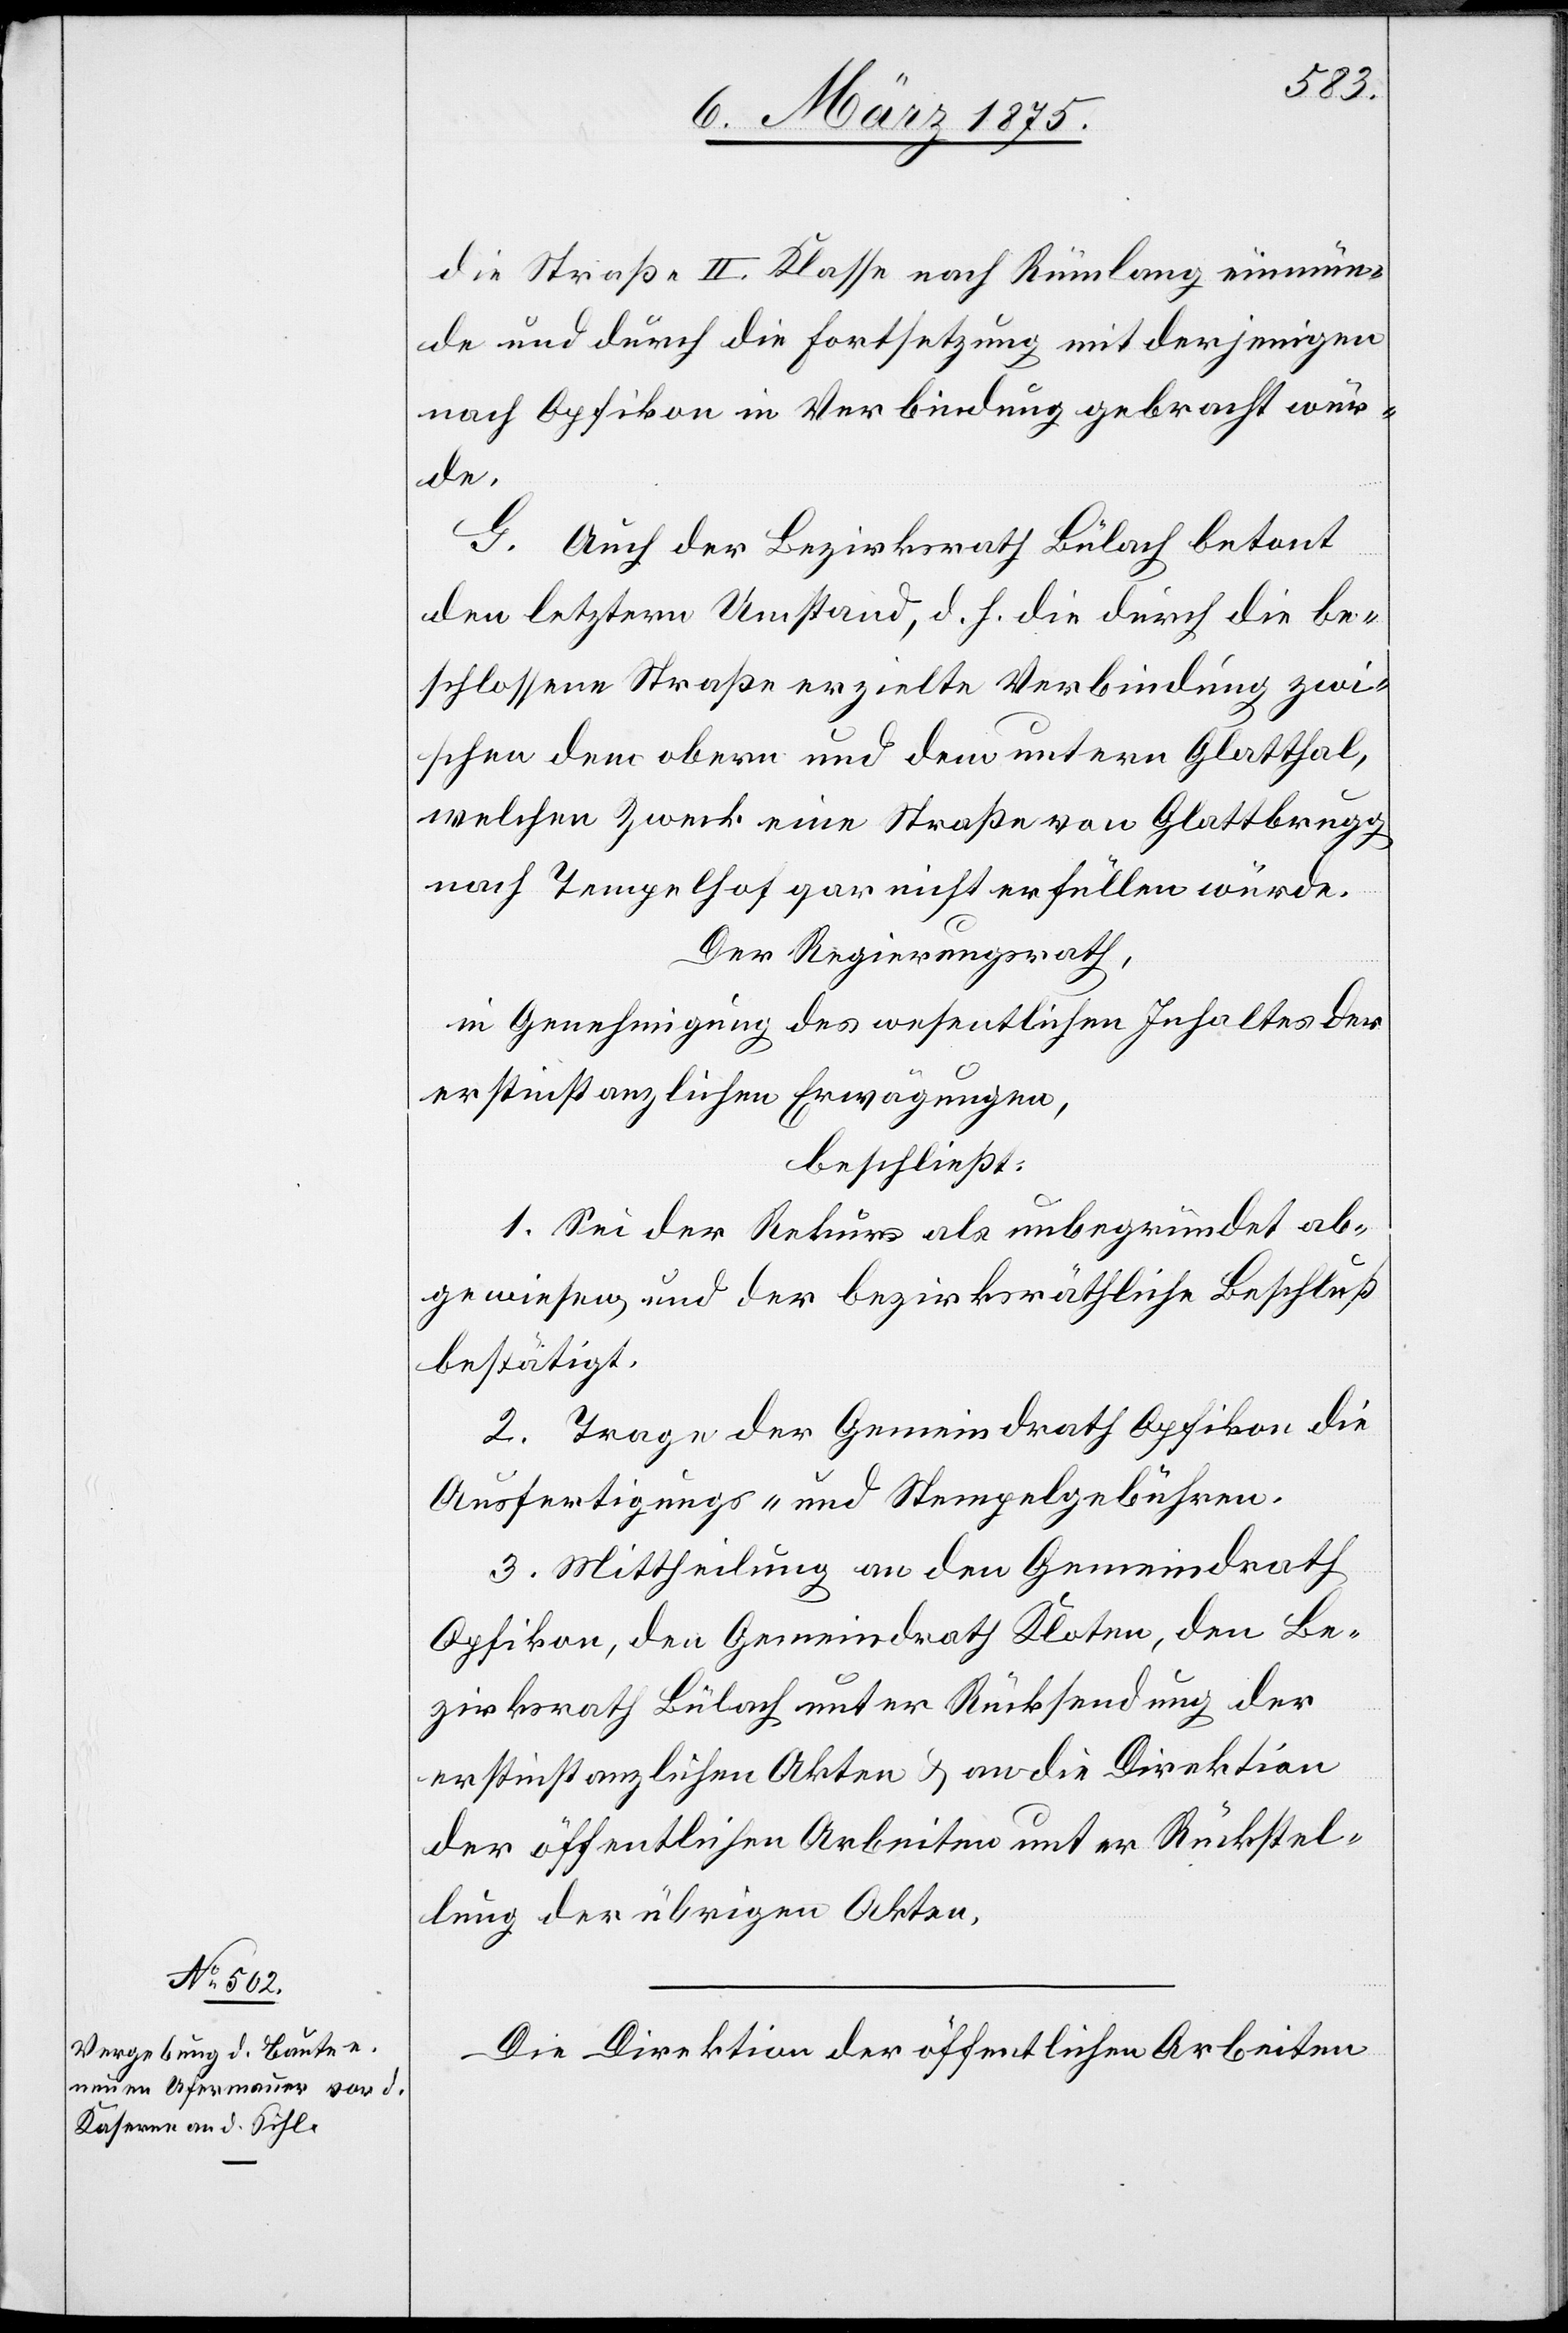
die Straße II. Klasse nach Rümlang einmün¬
de und durch die Fortsetzung mit derjenigen
nach Opfikon in Verbindung gebracht wür¬
de.
G. Auch der Bezirksrath Bülach betont
den letztern Umstand, d. h. die durch die be¬
schlossene Straße erzielte Verbindung zwi¬
schen dem obern und dem untern Glatthal,
welchen Zweck eine Straße von Glattbrugg
nach Tempelhof gar nicht erfüllen würde.
Der Regierungsrath,
in Genehmigung des wesentlichen Inhaltes der
erstinstanzlichen Erwägungen,
beschließt:
1. Sei der Rekurs als unbegründet ab¬
gewiesen und der bezirksräthliche Beschluß
bestätigt.
2. Trage der Gemeindrath Opfikon die
Ausfertigungs- und Stempelgebühren.
3. Mittheilung an den Gemeindrath
Opfikon, den Gemeindrath Kloten, den Be¬
zirksrath Bülach unter Rücksendung der
erstinstanzlichen Akten u. an die Direktion
der öffentlichen Arbeiten unter Rückstel¬
lung der übrigen Akten.
Die Direktion der öffentlichen Arbeiten